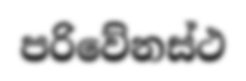
පරිවේනස්ථ